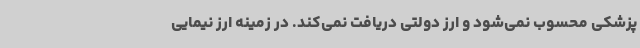
پزشکی محسوب نمی‌شود و ارز دولتی دریافت نمی‌کند. در زمینه ارز نیمایی